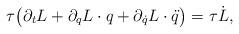
LaTeX: \begin{align*} \tau \bigl(\partial_t L+\partial_{q} L\cdot q+ \partial_{\dot q} L\cdot\ddot q\bigr) =\tau\dot L,\end{align*}